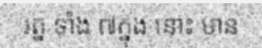
រត្ន ទាំង ៧ក្នុង នោះ មាន